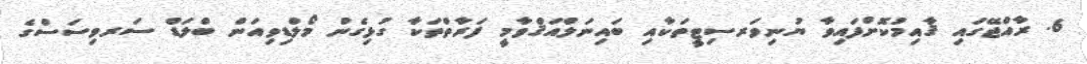
6. ރާއްޖޭގައި ޤާއިމުކޮށްފައިވާ ޔުނިވަރސިޓީތަކާއި ބައިނަލްއަޤްވާމީ ފަރާތްތަކާ ގުޅިގެން މޯލްޑިވިއަން ބްލަޑް ސަރވިސަސްގެ